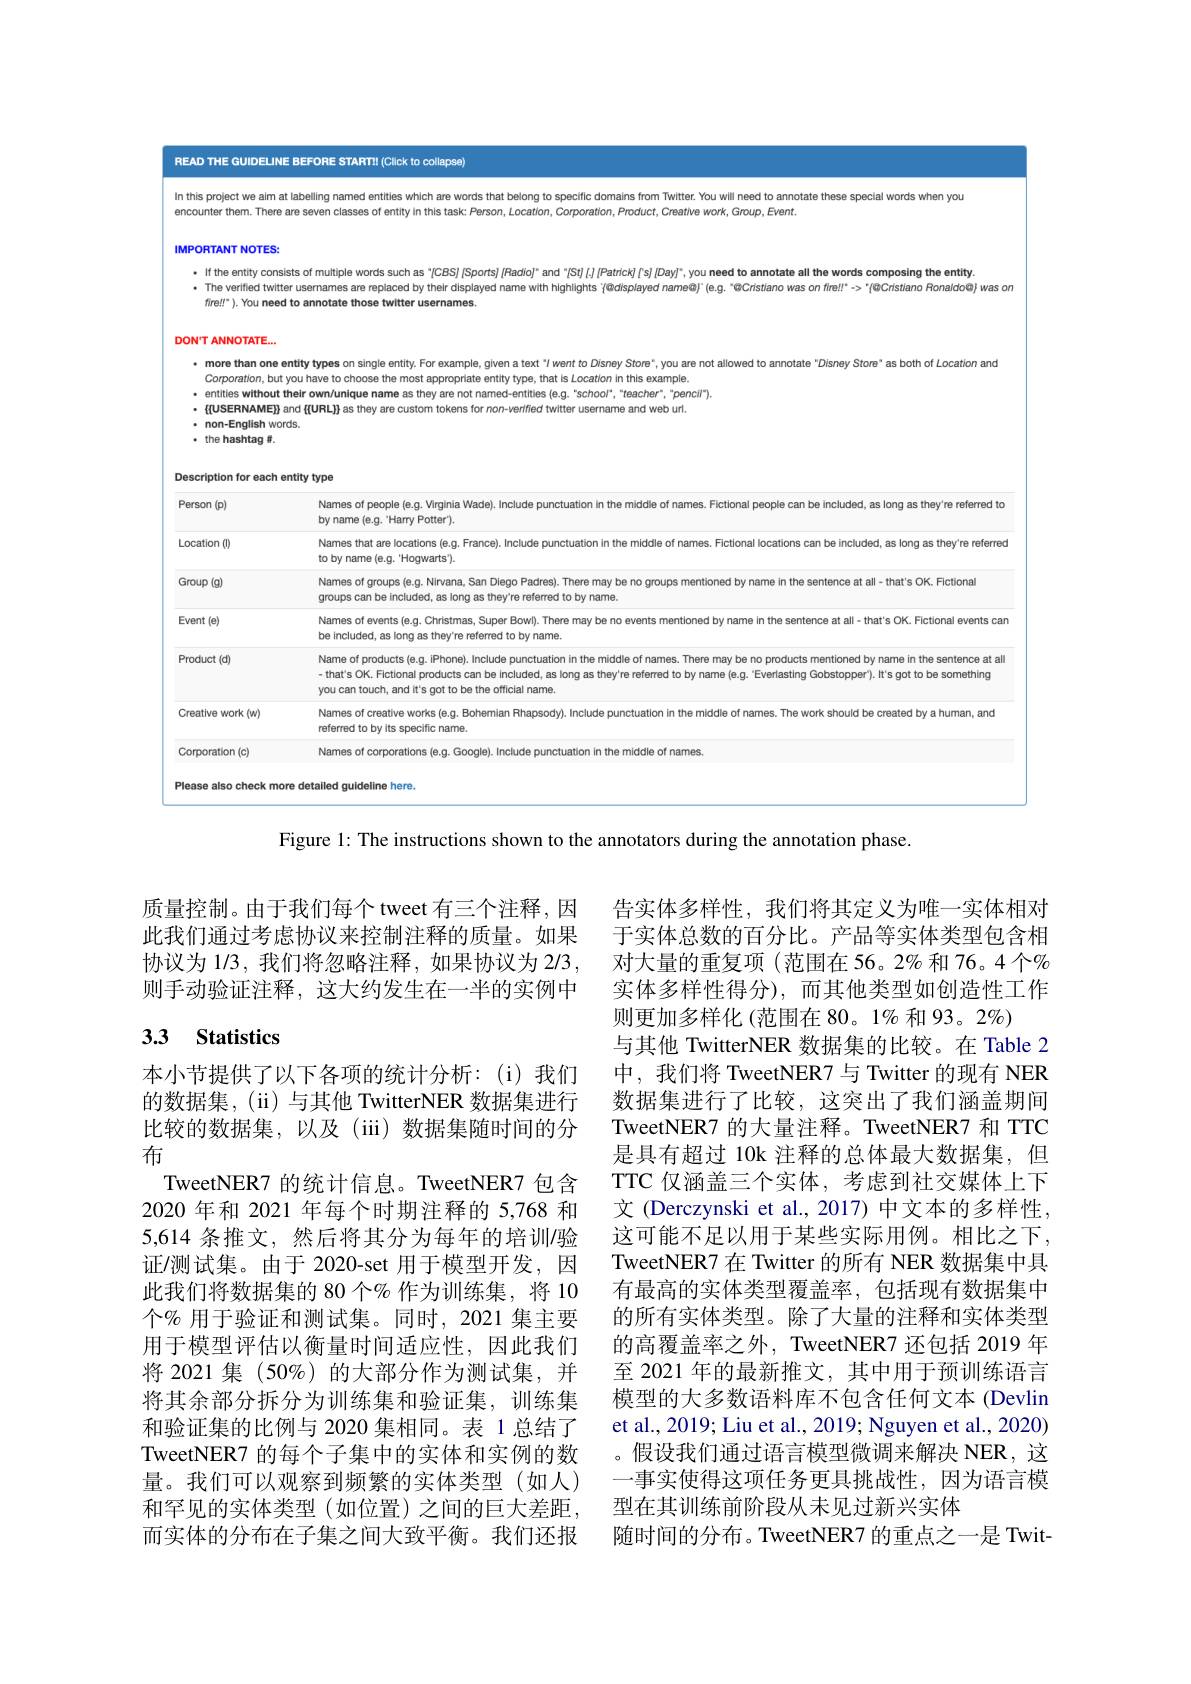
READ THE GUIDELINE BEFORE STARTII (CIIck to collapse)

In this project we aim at labelling named entitles whlch are words that belong to speclflc domalns from Twitter. You will need to annotate these speclal words when you

encounter them. There are seven classes of entity in this task: Person, Location, Corporation, Product, Creative work, Group, Event

## IMPORTANT NOTES

· If the entity consists of multiple words such as "[CBS] [Sports] [FRadio]" and "[St] [J] Patrick] [S] [Day]", you need to annotate all the words composing the entity
The verifled twitter usernames are replaced by thelr dlsplayed name with hlghilghts į"""""""Crstlano was on fine!!" > "{"""$GCristlano Was on fine!!" > "{®Cristlano Fonaldo@} was on
fire!!° ). You need to annotate those twitter usernames

# DONT ANNOTATE...

more than one entity types on single entity. For example, given a text "I went to Disney Store", you are not allowed to annotate "Disney Store" as both of Location and
Corporation, but you have to choose the most appropriate entity type, that is Location in this example
·entitles without their own√unique name as they are not named-entities (e.g."school",“teacher",“pencli").
$\cdot$ . fingeriteris fing and filuris as they are custom tokens for non-verified twitter username and web urt.
non-English words

· the hashtag mondis

Description for each entity type

<FigureHere>

Figure 1: The instructions shown to the annotators during the annotation phase.

质量控制。由于我们每个 tweet 有三个注释，因此我们通过考虑协议来控制注释的质量。如果协议为 1/3, 我们将忽略注释，如果协议为 2/3 , 则手动验证注释，这大约发生在一半的实例中

# 3.3 Statistics

本小节提供了以下各项的统计分析：(i)我们的数据集，( ii) 与其他 TwitterNER 数据集进行比较的数据集，以及(iii)数据集随时间的分布
TweetNER7 的统计信息。TweetNER7 包含2020 年和 2021 年每个时期注释的 5,768 和5,614 条推文，然后将其分为每年的培训/验证/测试集。由于 2020-set 用于模型开发，因此我们将数据集的 80 个% 作为训练集，将 10个% 用于验证和测试集。同时，2021 集主要用于模型评估以衡量时间适应性，因此我们将 2021 集 (50%)的大部分作为测试集，并将其余部分拆分为训练集和验证集，训练集和验证集的比例与 2020 集相同。表 1 总结了TweetNER7 的每个子集中的实体和实例的数量。我们可以观察到频繁的实体类型(如人) 和罕见的实体类型(如位置)之间的巨大差距而实体的分布在子集之间大致平衡。我们还报

告实体多样性，我们将其定义为唯一实体相对于实体总数的百分比。产品等实体类型包含相对大量的重复项(范围在56。2%和76。4个% 实体多样性得分),而其他类型如创造性工作则更加多样化(范围在 80。1%和 93。2%)
与其他 TwitterNER 数据集的比较。在 Table 2中，我们将 TweetNER7 与 Twitter 的现有 NER 数据集进行了比较，这突出了我们涵盖期间TweetNER7 的大量注释。TweetNER7 和 TTC 是具有超过 10k 注释的总体最大数据集，但TTC 仅涵盖三个实体，考虑到社交媒体上下文 (Derczynski et al., 2017) 中文本的多样性， 这可能不足以用于某些实际用例。相比之下， TweetNER7 在 Twitter 的所有 NER 数据集中具有最高的实体类型覆盖率，包括现有数据集中的所有实体类型。除了大量的注释和实体类型的高覆盖率之外，TweetNER7 还包括 2019 年至 2021 年的最新推文，其中用于预训练语言模型的大多数语料库不包含任何文本 (Devlin et al., 2019; Liu et al., 2019; Nguyen et al., 2020) 。假设我们通过语言模型微调来解决 NER,这一事实使得这项任务更具挑战性，因为语言模型在其训练前阶段从未见过新兴实体
随时间的分布。TweetNER7 的重点之一是 Twit-